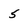
Character: 5